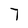
Character: 7